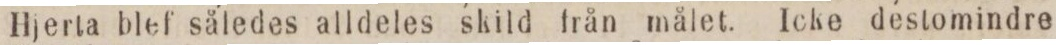
Hjerta blef således alldeles skild från målet. Icke destomindre